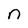
Character: n